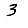
Digit: 3